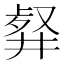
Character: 𠭮